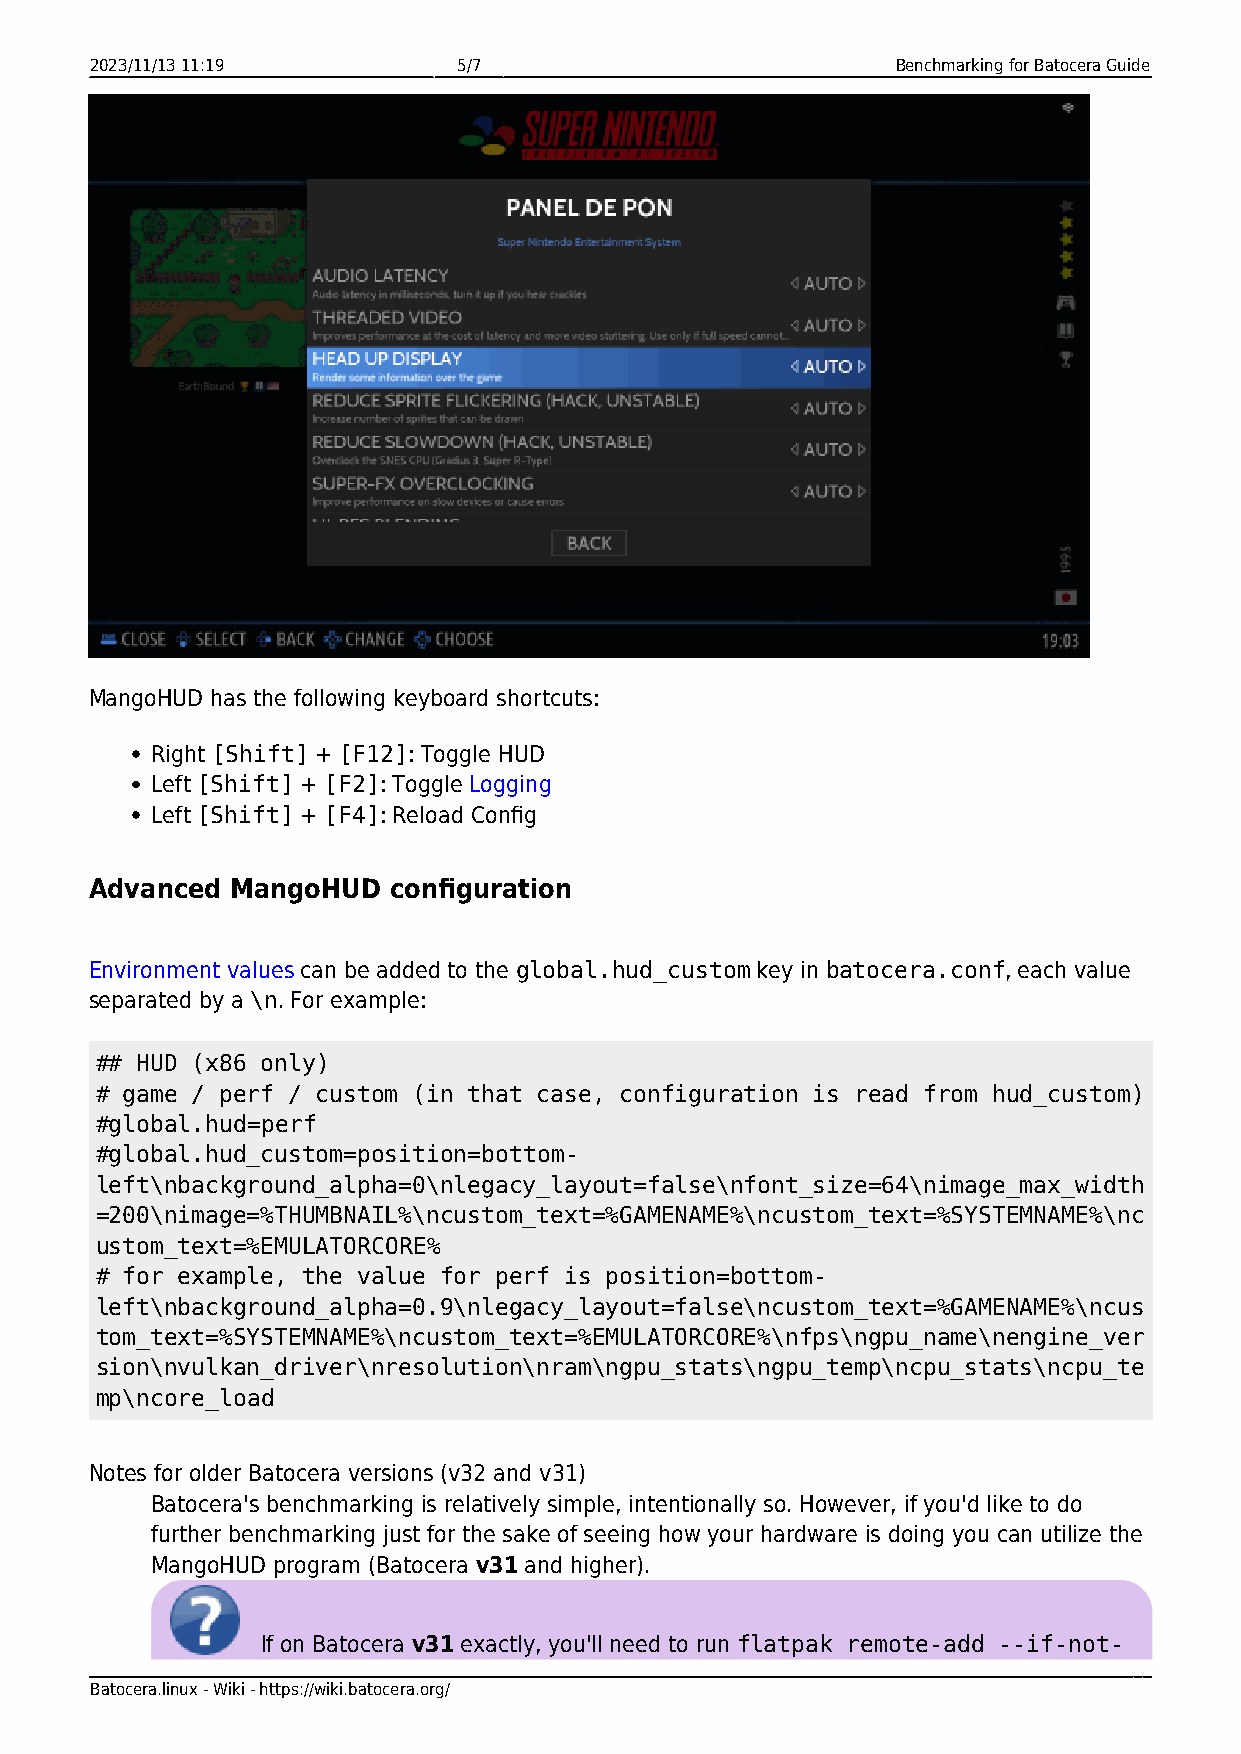
2023/11/13 11:19        5/7                          Benchmarking for Batocera Guide
 MangoHUD has the following keyboard shortcuts:
 Right [Shift] + [F12]: Toggle HUD
 Left [Shift] + [F2]: Toggle Logging
 Left [Shift] + [F4]: Reload Config
 Advanced MangoHUD   configuration
 Environment values can be added to the global.hud_custom key in batocera.conf, each value
 separated by a \n. For example:
 ## HUD (x86 only)
 # game / perf / custom (in that case, configuration is read from hud_custom)
 #global.hud=perf
 #global.hud_custom=position=bottom-
 left\nbackground_alpha=0\nlegacy_layout=false\nfont_size=64\nimage_max_width
 =200\nimage=%THUMBNAIL%\ncustom_text=%GAMENAME%\ncustom_text=%SYSTEMNAME%\nc
 ustom_text=%EMULATORCORE%
 # for example, the value for perf is position=bottom-
 left\nbackground_alpha=0.9\nlegacy_layout=false\ncustom_text=%GAMENAME%\ncus
 tom_text=%SYSTEMNAME%\ncustom_text=%EMULATORCORE%\nfps\ngpu_name\nengine_ver
 sion\nvulkan_driver\nresolution\nram\ngpu_stats\ngpu_temp\ncpu_stats\ncpu_te
 mp\ncore_load
 Notes for older Batocera versions (v32 and v31)
 Batocera's benchmarking is relatively simple, intentionally so. However, if you'd like to do
 further benchmarking just for the sake of seeing how your hardware is doing you can utilize the
 MangoHUD program (Batocera v31 and higher).
 If on Batocera v31 exactly, you'll need to run flatpak remote-add --if-not-
 Batocera.linux - Wiki - https://wiki.batocera.org/